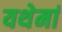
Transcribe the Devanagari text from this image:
यथेमां